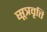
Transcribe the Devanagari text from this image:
सूत्रवृत्ति